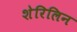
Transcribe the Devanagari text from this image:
शेरिलिन